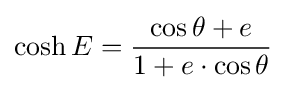
\cosh {E}={{\cos {\theta }+e} \over {1+e\cdot \cos {\theta }}}